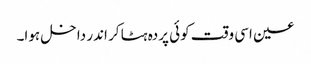
عین اسی وقت کوئی پردہ ہٹا کر اندر داخل ہوا۔